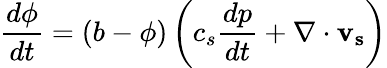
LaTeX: \frac{d\phi}{dt}=(b-\phi)\left(c_{s}\frac{dp}{dt}+\nabla\cdot\mathbf{v_{s}}\right)